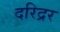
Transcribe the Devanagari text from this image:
दरिद्रर